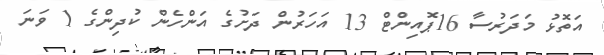
އަތޮޅު މަދަރުސާ 16ޕޮއިންޓް 13 އަހަރުން ދަށުގެ އަންހެން ކުދިންގެ 1 ވަނަ